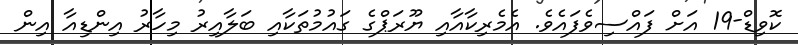
ކޮވިޑް-19 އަށް ފައްސިވެފައެވެ. އެމެރިކާއާއި ޔޫރަޕްގެ ގައުމުތަކާއި ބަލާއިރު މިހާރު އިންޑިއާ އިން